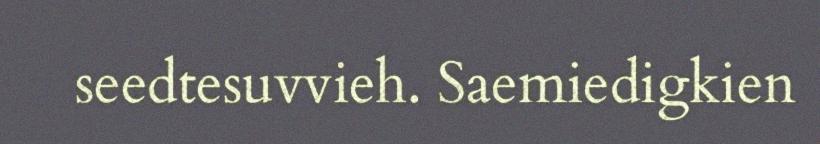
seedtesuvvieh. Saemiedigkien